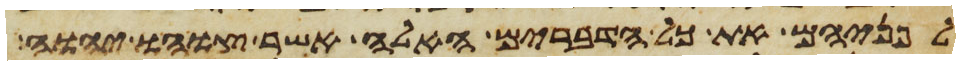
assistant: לפניהם את כל הדברים האלה אשר צוהו יהוה